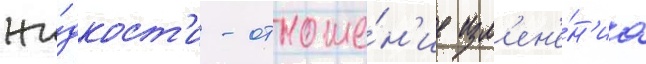
жи́дкост'и - отноше́н'ие изм'ен'е́н'иа